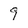
Character: 9